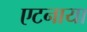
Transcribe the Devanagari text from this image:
एटनाया